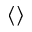
\langle \rangle